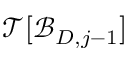
\mathcal { T } [ { \mathcal { B } _ { D , j - 1 } } ]